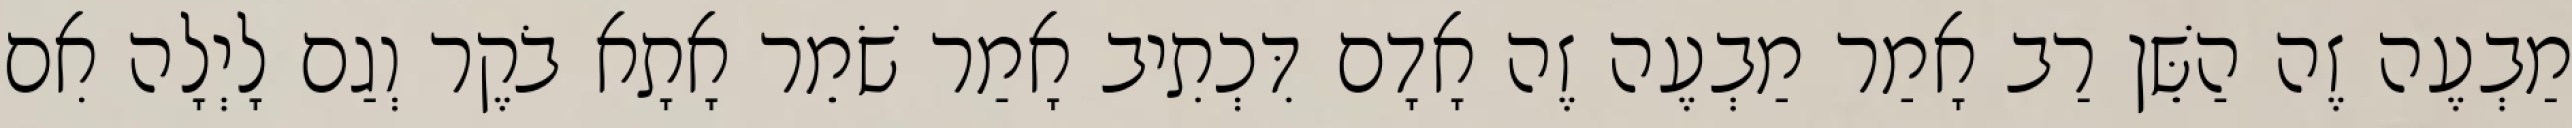
מַבְעֶה זֶה הַשֵּׁן רַב אָמַר מַבְעֶה זֶה אָדָם דִּכְתִיב אָמַר שֹׁמֵר אָתָא בֹקֶר וְגַם לָיְלָה אִם